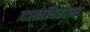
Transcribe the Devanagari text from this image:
दाखवितांना